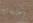
إعتقاله